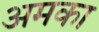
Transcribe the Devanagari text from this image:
अमका